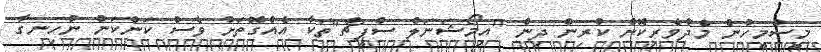
މީސްމީހުން މެދުވެރިކޮށް ކުރިން ދިން "އިމޯޝަނަލް ސްޕީޗް"ތަކާ އެއްގޮތަށް ވެސް ކަންކަން ނުހިނގާ